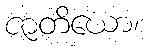
ဇာတိယော၊